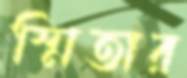
স্মিতার